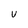
Character: U